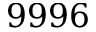
9 9 9 6